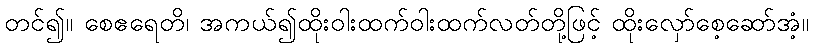
တင်၍။ စေဧရေတိ၊ အကယ်၍ထိုးဝါးထက်ဝါးထက်လတ်တို့ဖြင့် ထိုးလှော်စေ့ဆော်အံ့။